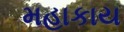
મહાકાય